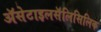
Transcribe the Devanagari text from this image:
ॲसेटाइलसॅलिसिलिक